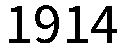
1914